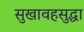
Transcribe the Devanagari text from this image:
सुखावहसुद्धा